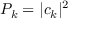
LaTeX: P _ { k } = | c _ { k } | ^ { 2 }